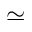
\simeq